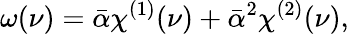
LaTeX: \omega(\nu)=\bar{\alpha}\chi^{(1)}(\nu)+\bar{\alpha}^{2}\chi^{(2)}(\nu),